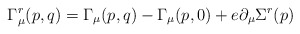
\begin{align*}\Gamma^r_{\mu}(p,q)= \Gamma_{\mu}(p,q)- \Gamma_{\mu}(p,0)+e \partial_{\mu} \Sigma^r(p)\end{align*}